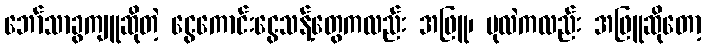
ဘော်သာခွကျူဆိုတဲ့ ငွေကောင်းငွေသန့်တွေကလည်း အဖြူ၊ ပုလဲကလည်း အဖြူဆိုတော့